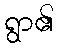
ရွာ၏